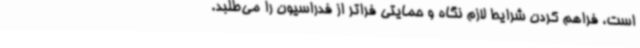
است، فراهم کردن شرایط لازم نگاه و حمایتی فراتر از فدراسیون را می‌طلبد.